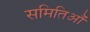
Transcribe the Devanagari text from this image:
समितिऔं